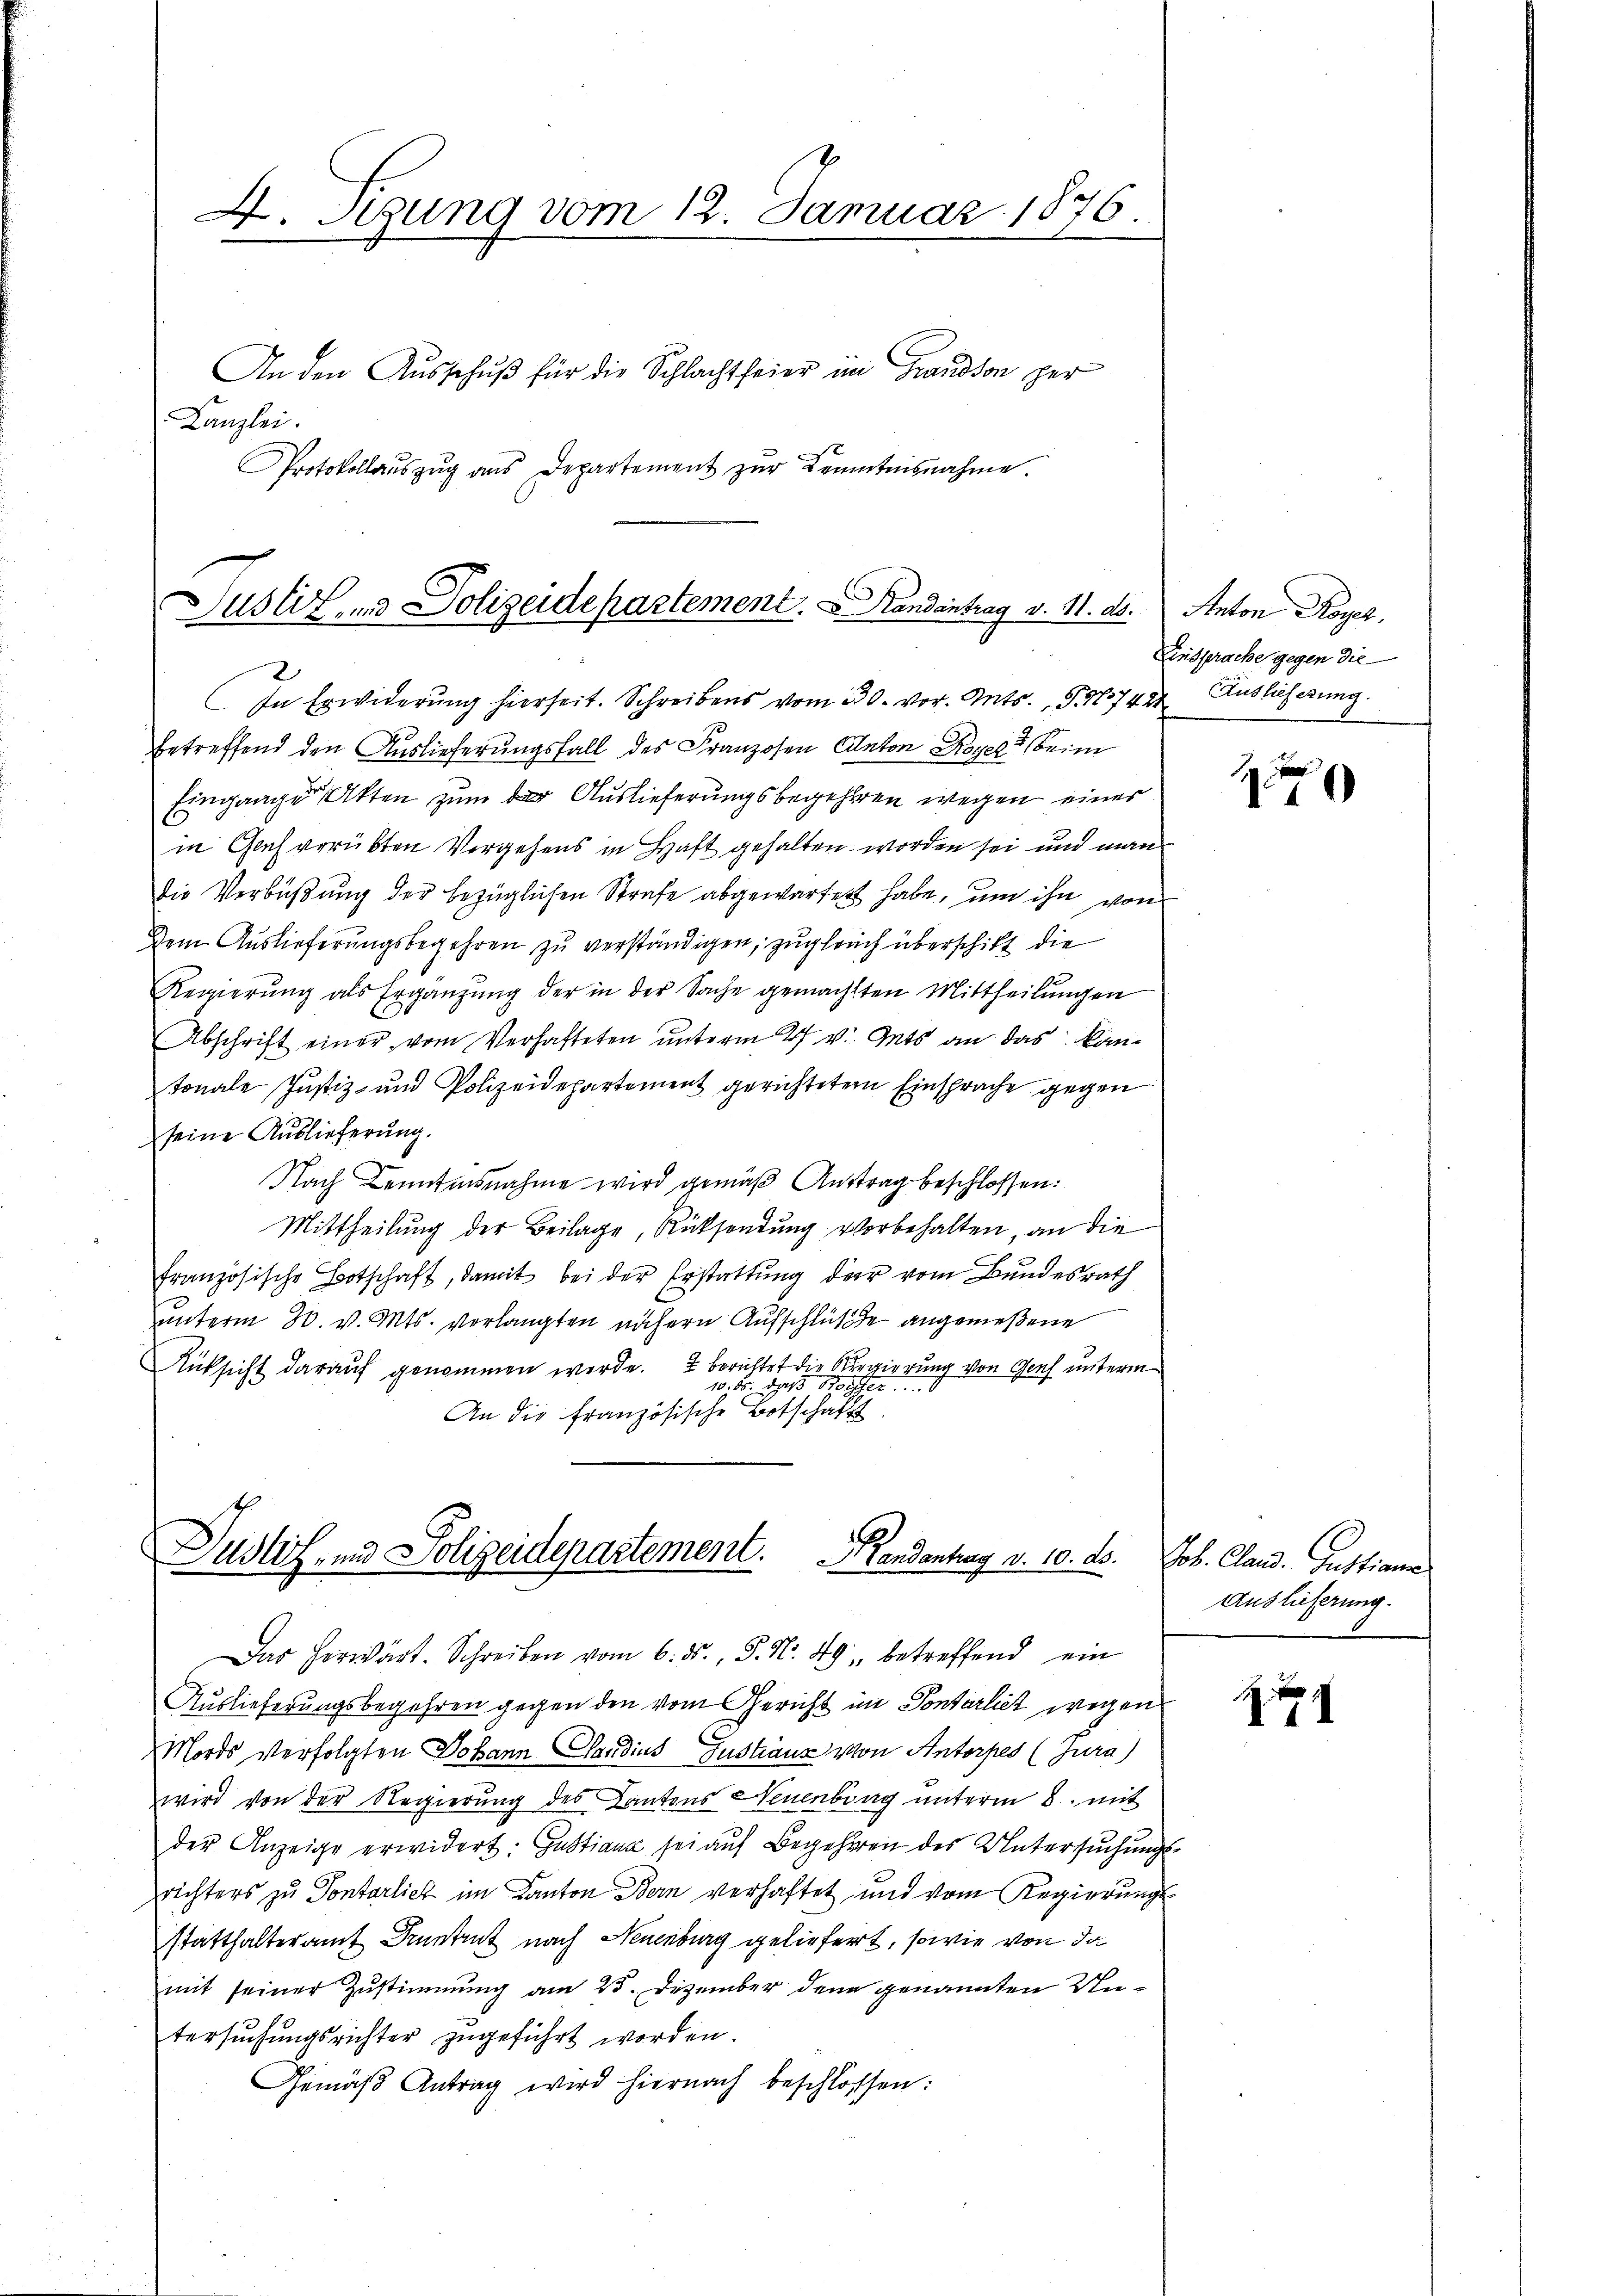
X. Szung vom 12. Januar 1876.

An den Ausschuß für die Schlachtfeier im Grandson per
Kanzlei.
Protokollaŭszŭg ans Departement zŭr Kenntnisnahme.

Justiz und Polizeidepartement.   Handentrag v. 11. ds.

Dustiz- und Polizeidepartement.         Randantrag v. 10. ds.   Joh. Cand. Gustiana
Das Horwärt. Schreiben vom 6. ds., S. Nr. 49, betreffend ein

In Erwiderŭng hierseit. Schreibens vom 30. vor. Mts., S. 1742 Auslieferung.
betreffend den Auslieferungsfall des Franzosen Canton Koyer beim
Eingange Akten zum der Auslieferungsbegehren wegen einer
in Gas verübten Vergehens in Haft gehalten worden sei und man
die Verbüßung der bezüglichen Strafe abgewarfert habe, um ihn von
Dem Auslieferungsbegehren zu verständigen, zugleich überschikt die
Regierung als Ergänzung der in der Sache gemachten Mittheilungen
Abschrift einer vom Verhafteten ŭnterm 27. v. Mts. an das kantonale Justiz- und Polizeidepartement gerichteter Einsprache gegen
seine Auslieferung.
Nach Kenntnisnahme wird gemäß Auftrag beschlossen:
Mittheilung der Beilage, Rücksendung vorbehalten, an die
französische Botschaft, damit bei der Erstattung der vom Bundesrath
unterm 30. v. Mts. verlangten nähern Aufschlüße angemeßene
Rücksicht darauf genommen werde. 2 berichtet die Regierung von Genf unterm
10. Fr. das Worter
An die französische Botschaft

Auslieferungsbegehren gegen den vom Gericht im Pontarlist wegen
Mords Verfolgten Johann Candins Gustaus von Antorpes (Jura)
wird von der Regierung des Kantons Neuenburg unterm 8. mit
der Anzeige erwidert: Justiana sei auf Begehren des Untersuchungsrichters zu Pontarlich im Kanton Bern verhaftet und vom Regierungs
statthalteramt Dinntent nach Neuenburg geliefert, sowie von da
mit seiner Zustimmung am 25. Dezember den genannten Untersuchungsrichter zugeführt worden.
Gemäβ Antrag wird hiernach beschlossen:

Anton Royer,
Einsprache gegen die

x
0

Auslieferung.